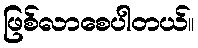
ဖြစ်လာစေပါတယ်။